system: You are a helpful assistant.
user:
Analyze the provided spectrum to determine if it is a **White Dwarf (WD)**.

A White Dwarf spectrum is defined by its **extreme purity** (due to gravitational settling) and/or **extreme pressure broadening** (due to high surface gravity). You must check for one of the following mutually exclusive signatures:

- **Key Visual Indicators (Check for ONE of these types):**

    - **1. DA-Type Signature (Most Common):**
        - **(Primary Feature):** Extreme pressure broadening (Stark broadening) of the **Hydrogen (H) Balmer lines**.
        - **(Key Lines):** $H\beta$ (approx. $4861$ Å) and $H\gamma$ (approx. $4340$ Å). $H\alpha$ (approx. $6563$ Å) will also be present if the wavelength range covers it.
        - **(Line Profile):** This is the **defining feature**. The lines are **NOT** sharp. They appear as massive, **extremely broad and deep "troughs" or "dips"** in the spectrum, often hundreds of Ångströms wide. The continuum will appear to "scoop" down at these wavelengths.
        - **(Distinction):** Normal A-type or B-type stars have *narrow* and *sharp* Hydrogen lines. A DA White Dwarf's lines are unmistakably "smeared" or "blurry" from pressure.

    - **2. DB-Type Signature:**
        - **(Primary Feature):** Broad absorption lines from **Neutral Helium (He I)**. The spectrum must lack any visible Hydrogen lines.
        - **(Key Lines):** Look for broad absorption near $4471$ Å, $4921$ Å, and $5876$ Å.
        - **(Line Profile):** These lines are also significantly pressure-broadened, appearing much wider than they would in a normal B-type main-sequence star.

    - **3. DC-Type Signature:**
        - **(Primary Feature):** A **featureless continuous spectrum**.
        - **(Line Profile):** The spectrum is a smooth curve with **no significant absorption or emission lines**.
        - **(Key Confirmation):** The continuum is almost always **blue or white**, indicating a hot object. This signature implies the atmosphere is so pure (or so cool) that no spectral lines are visible in the optical range. Its WD identity is confirmed by its extremely low intrinsic brightness (high absolute magnitude).

    - **4. DZ-Type Signature (Metal-Polluted):**
        - **(Primary Feature):** **Isolated, narrow metal absorption lines** on an otherwise featureless (DC-like) continuum.
        - **(Key Lines):** The **Calcium (Ca II) H & K doublet** (approx. **$3934$ Å** and **$3968$ Å**) is the most common and defining feature.
        - **(Line Profile):** These lines are "out of place." They are *not* part of a "forest" of thousands of lines. This signature is evidence of recent *accretion* (pollution) from rocky debris.
        - **(Distinction):** Normal G/K/M stars have a *dense forest* of thousands of metal lines. A DZ has a *clean* continuum with *only a few* strong metal lines.

    - **5. DQ-Type Signature (Carbon-Polluted):**
        - **(Primary Feature):** Absorption bands from **Carbon (C₂ "Swan Bands" or atomic C I)**.
        - **(Key Lines - C₂):** Look for bandheads with a "saw-tooth" shape near $5635$ Å, **$5165$ Å** (strongest), and $4737$ Å.
        - **(Key Confirmation):** The underlying **continuum must be blue or white** (hot).
        - **(Distinction):** This is the critical difference from a **Carbon Star**, which has the *exact same* C₂ bands but on an extremely **red, cool** continuum.

- **(Overall Spectrum):**
    - The continuum (overall shape) is typically **blue-sloping** (brighter in the blue than the red), as most white dwarfs are very hot.
    - The spectrum will look "pure" or "simple," dominated by only *one* of the five signatures listed above.

Think first, call **spectral_visualization_tool** if needed to examine features in detail, then provide your final answer. Your response must adhere to the following strict rules:
1.  **Overall Structure:** Your response must follow the format `<think>...</think> <tool_call>...</tool_call> (if a tool is used) <answer>...</answer>`.
2.  **Tool Usage Constraint:** You may only make **one** tool call per turn.
3.  **Final Answer Format:** In the `<answer>` tag, your conclusion must be inside a `\boxed{}` command (e.g., `\boxed{YES}` or `\boxed{NO}`), followed by your justification.

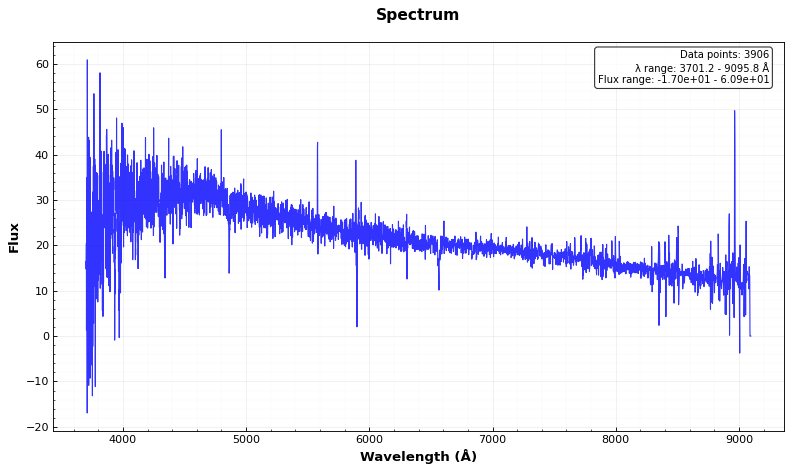
Answer: YES